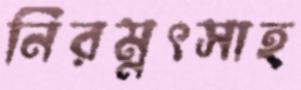
নিরম্নৎসাহ